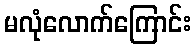
မလုံလောက်ကြောင်း